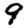
Digit: 9